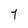
Character: Y